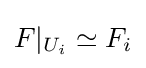
F|_{U_{i}}\simeq F_{i}